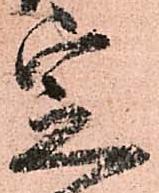
定